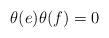
LaTeX: \begin{align*}\theta(e)\theta(f) =0\quad\end{align*}